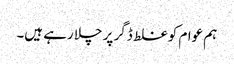
ہم عوام کو غلط ڈگر پر چلا رہے ہیں۔